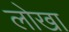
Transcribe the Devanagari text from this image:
लोखा